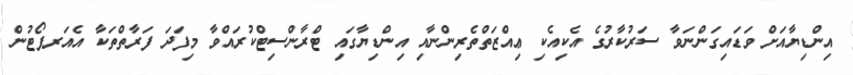
އިންޑިޔާއަށް ވަޑައިގަންނަވާ ސަރުކާރުގެ އެކިއެކި ޢިއްޒަތްތެރިންނާއި އިންޑިޔާގައި ޓްރާންސިޓްކުރައްވާ މިފަދަ ފަރާތްތަކާ އެއަރޕޯޓުން